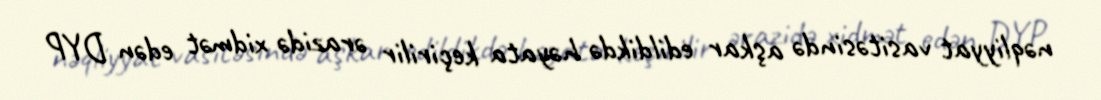
nəqliyyat vasitəsində aşkar edildikdə həyata keçirilir ərazidə xidmət edən DYP